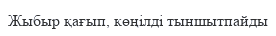
Жыбыр қағып, көңілді тыншытпайды